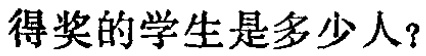
得奖的学生是多少人？